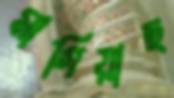
মাগিয়াছ